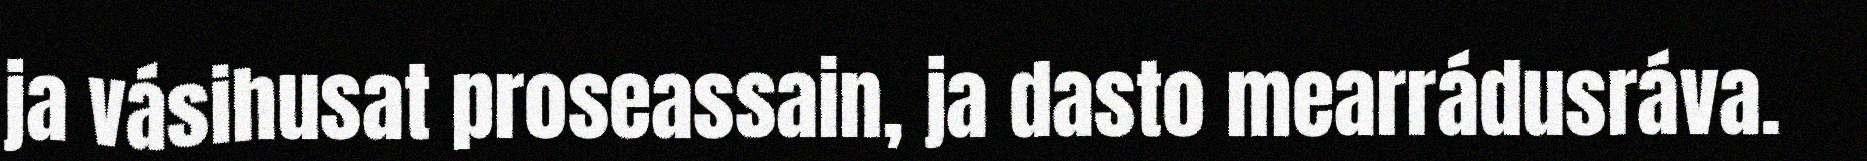
ja vásihusat proseassain, ja dasto mearrádusráva.